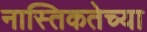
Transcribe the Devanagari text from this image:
नास्तिकतेच्या